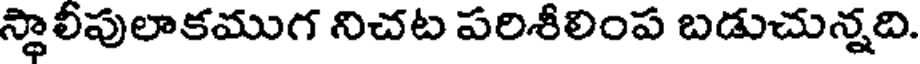
స్థాలీపులాకముగ నిచట పరిశీలింప బడుచున్నది.